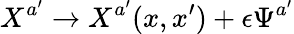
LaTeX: X^{a^{\prime}}\rightarrow X^{a^{\prime}}(x,x^{\prime})+\epsilon\Psi^{a^{\prime}}